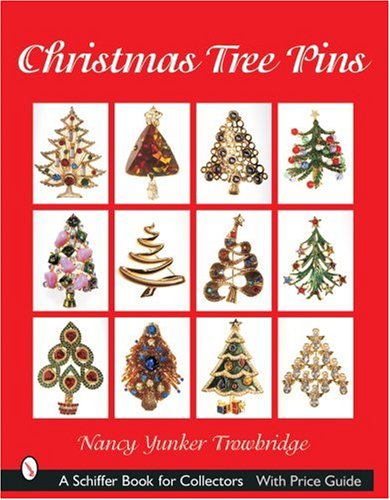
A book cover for Christmas Tree Pins: O Christmas Tree (Schiffer Book for Collectors); Nancy Yunker Trowbridge; Crafts, Hobbies & Home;